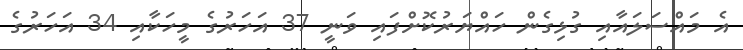
އެ މައްސަލައާއި ގުޅިގެން ހައްޔަރުކޮށްފައި ވަނީ 37 އަހަރުގެ މީހަކާއި 34 އަހަރުގެ